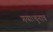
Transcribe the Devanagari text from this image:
गया।चुनाव